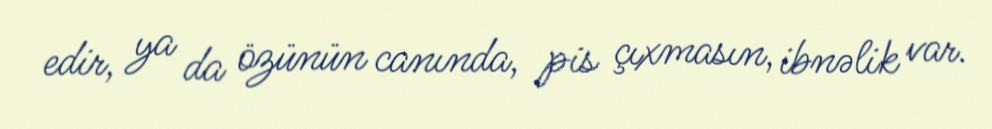
edir, ya da özünün canında, pis çıxmasın, ibnəlik var.